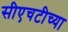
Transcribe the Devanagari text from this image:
सीएचटीच्या